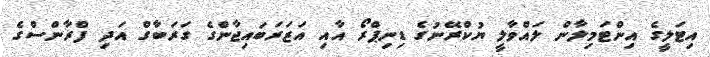
އިޓަލީގެ އިންޓަމިލާން ލައްވާލީ ޔުކްރޭނުގެ ޑިނިޕްރޯ އާއި އަޒަރަބައިޖާންގެ ގަރަބާގް އަދި ފްރާންސްގެ